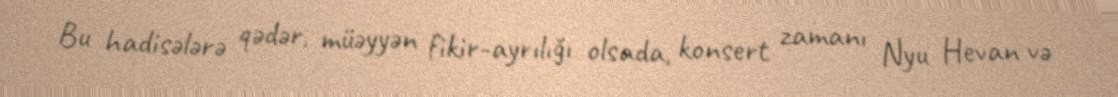
Bu hadisələrə qədər, müəyyən fikir-ayrılığı olsada, konsert zamanı Nyu Hevan və